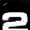
Digit: 2